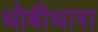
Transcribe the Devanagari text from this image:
धोबीधारा